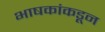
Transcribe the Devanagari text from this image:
भाषकांकडून